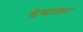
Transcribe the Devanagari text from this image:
देवाशर